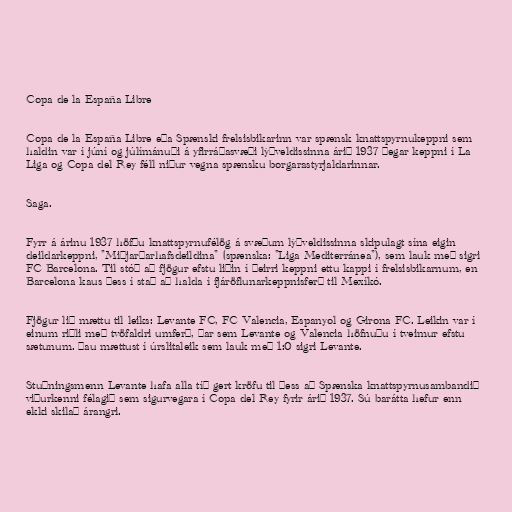
Copa de la España Libre

Copa de la España Libre eða Spænski frelsisbikarinn var spænsk knattspyrnukeppni sem
haldin var í júní og júlímánuði á yfirráðasvæði lýðveldissinna árið 1937 þegar keppni í La
Liga og Copa del Rey féll niður vegna spænsku borgarastyrjaldarinnar.

Saga.

Fyrr á árinu 1937 höfðu knattspyrnufélög á svæðum lýðveldissinna skipulagt sína eigin
deildarkeppni, "Miðjarðarhafsdeildina" (spænska: "Liga Mediterránea"), sem lauk með sigri
FC Barcelona. Til stóð að fjögur efstu liðin í þeirri keppni ettu kappi í frelsisbikarnum, en
Barcelona kaus þess í stað að halda í fjáröflunarkeppnisferð til Mexíkó.

Fjögur lið mættu til leiks: Levante FC, FC Valencia, Espanyol og Girona FC. Leikin var í
einum riðli með tvöfaldri umferð, þar sem Levante og Valencia höfnuðu í tveimur efstu
sætunum. Þau mættust í úrslitaleik sem lauk með 1:0 sigri Levante.

Stuðningsmenn Levante hafa alla tíð gert kröfu til þess að Spænska knattspyrnusambandið
viðurkenni félagið sem sigurvegara í Copa del Rey fyrir árið 1937. Sú barátta hefur enn
ekki skilað árangri.